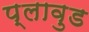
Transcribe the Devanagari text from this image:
प्लावुड